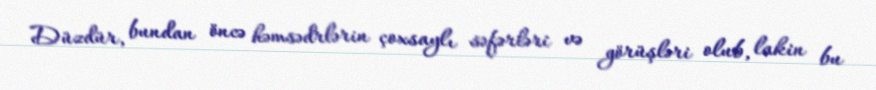
Düzdür, bundan öncə həmsədrlərin çoxsaylı səfərləri və görüşləri olub, lakin bu